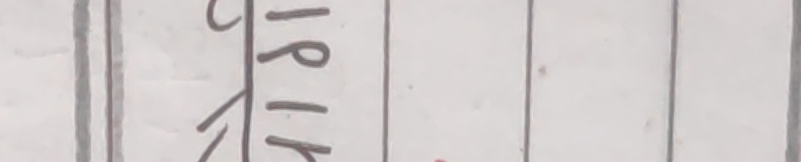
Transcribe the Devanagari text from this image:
स्पिरिक